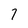
Character: 7